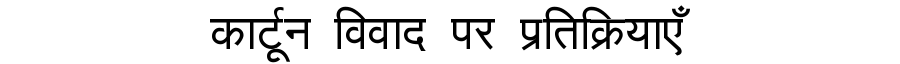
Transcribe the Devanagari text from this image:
कार्टून विवाद पर प्रतिक्रियाएँ